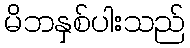
မိဘနှစ်ပါးသည်